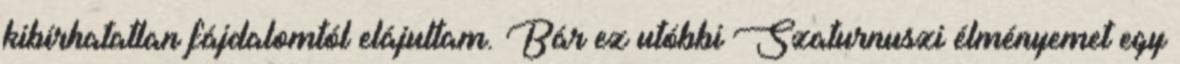
kibírhatatlan fájdalomtól elájultam. Bár ez utóbbi Szaturnuszi élményemet egy